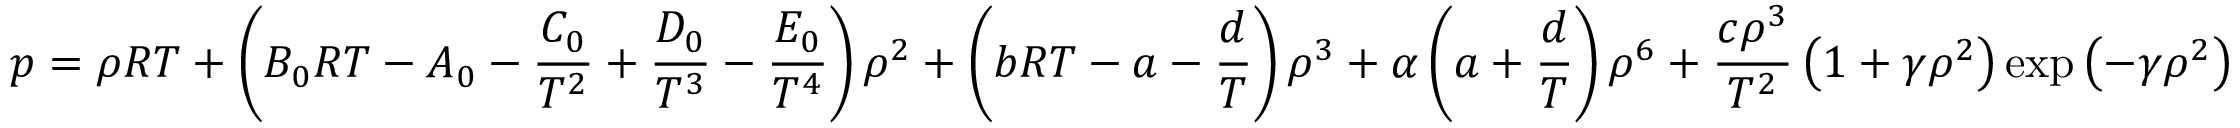
p = \rho R T + \left( B _ { 0 } R T - A _ { 0 } - { \frac { C _ { 0 } } { T ^ { 2 } } } + { \frac { D _ { 0 } } { T ^ { 3 } } } - { \frac { E _ { 0 } } { T ^ { 4 } } } \right) \rho ^ { 2 } + \left( b R T - a - { \frac { d } { T } } \right) \rho ^ { 3 } + \alpha \left( a + { \frac { d } { T } } \right) \rho ^ { 6 } + { \frac { c \rho ^ { 3 } } { T ^ { 2 } } } \left( 1 + \gamma \rho ^ { 2 } \right) \exp \left( - \gamma \rho ^ { 2 } \right)